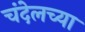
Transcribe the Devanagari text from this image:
चंदेलच्या